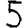
Digit: 5